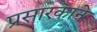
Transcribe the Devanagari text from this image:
प्रसारकाने